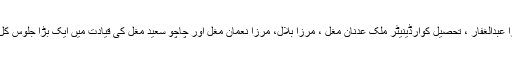
سوہاوہ سے مغلیہ تنظیم کے سرپرست اعلیٰ مرزا عبدالغفار ، تحصیل کوارڈینیٹر ملک عدنان مغل ، مرزا بلال، مرزا نعمان مغل اور چاچو سعید مغل کی قیادت میں ایک بڑا جلوس کل پاکستان مغل کنونشن ضلع جہلم میں شریک ہوا ۔